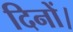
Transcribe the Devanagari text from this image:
दिनों।